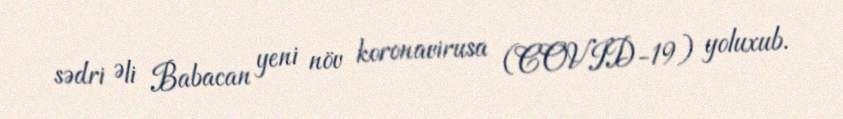
sədri Əli Babacan yeni növ koronavirusa (COVID-19) yoluxub.